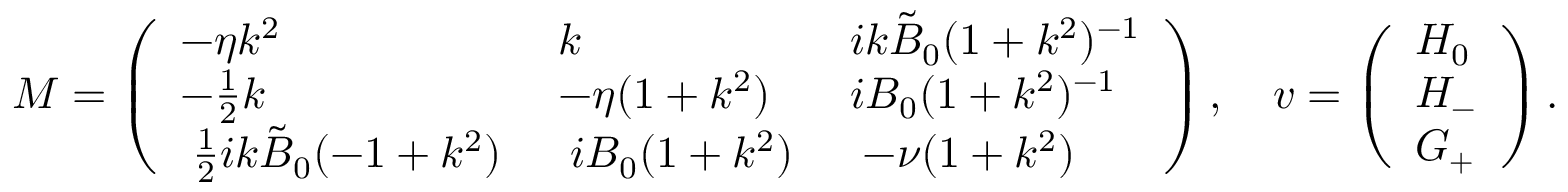
M = \left( \begin{array} { l l l } { - \eta k ^ { 2 } } & { k } & { i k \tilde { B } _ { 0 } ( 1 + k ^ { 2 } ) ^ { - 1 } } \\ { - \frac { 1 } { 2 } k } & { - \eta ( 1 + k ^ { 2 } ) } & { i B _ { 0 } ( 1 + k ^ { 2 } ) ^ { - 1 } } \\ { \; \frac { 1 } { 2 } i k \tilde { B } _ { 0 } ( - 1 + k ^ { 2 } ) \; } & { \; i B _ { 0 } ( 1 + k ^ { 2 } ) \; } & { \; - \nu ( 1 + k ^ { 2 } ) \; } \end{array} \right) , \quad \boldsymbol { v } = \left( \begin{array} { l } { H _ { 0 } } \\ { H _ { - } } \\ { G _ { + } } \end{array} \right) .